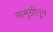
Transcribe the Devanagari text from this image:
सामुग्रीतून